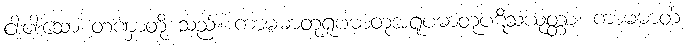
ငါးပါးသော တဏှာတို့ သည်။ ကာမဓာတုရူပဓာတုအရူပဓာတုပဋိသံယုတ္တာ၊ ကာမဓာတ်